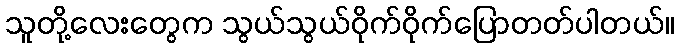
သူတို့လေးတွေက သွယ်သွယ်ဝိုက်ဝိုက်ပြောတတ်ပါတယ်။